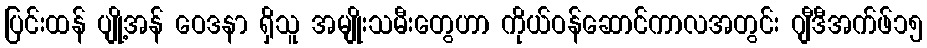
ပြင်းထန် ပျို့အန် ဝေဒနာ ရှိသူ အမျိုးသမီးတွေဟာ ကိုယ်ဝန်ဆောင်ကာလအတွင်း ဂျီဒီအက်ဖ်၁၅